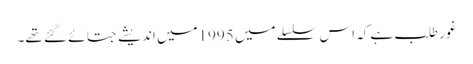
غور طلب ہے کہ اس سلسلے میں 1995میں اندیشے جتائے گئے تھے۔